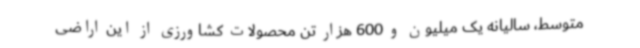
متوسط، سالیانه یک میلیون و 600 هزار تن محصولات کشاورزی از این اراضی